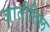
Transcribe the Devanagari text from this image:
जातीतिल